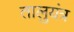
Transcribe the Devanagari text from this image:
तालुयंत्र